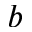
b